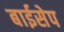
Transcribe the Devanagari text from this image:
बाईसेप